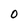
Character: O